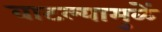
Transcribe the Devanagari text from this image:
वाटल्यामुळें